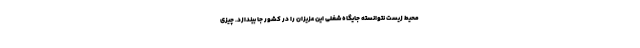
محیط زیست نتوانسته جایگاه شغلی این عزیزان را در کشور جا بیندازد. چیزی